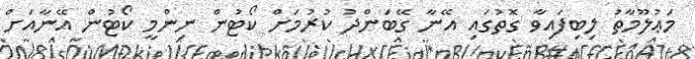
މަޢުލޫމާތު ލިބިފައިވާ ގޮތުގައި އޭނާ ގޭބަންދު ކުރުމަށް ކޯޓުން ނިންމީ ކޯޓުން އޭނާއަށް